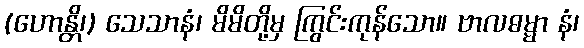
(ဟောန္တိ၊) သေသာနံ၊ မိမိတို့မှ ကြွင်းကုန်သော။ ဗာလဓမ္မာ နံ၊